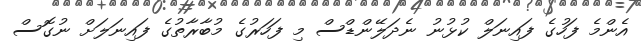
އެންމެ ފަހުގެ ފައިނަލް ކުޅުނު ނެދަލޭންޑްސް މި ފަހަރުގެ މުބާރާތުގެ ފައިނަލަށް ނުގޮސް